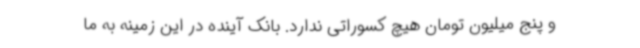
و پنج میلیون تومان هیچ کسوراتی ندارد. بانک آینده در این زمینه به ما